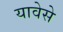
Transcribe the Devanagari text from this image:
यावेसे